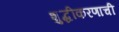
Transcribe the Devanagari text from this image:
शुद्धीकरणाची